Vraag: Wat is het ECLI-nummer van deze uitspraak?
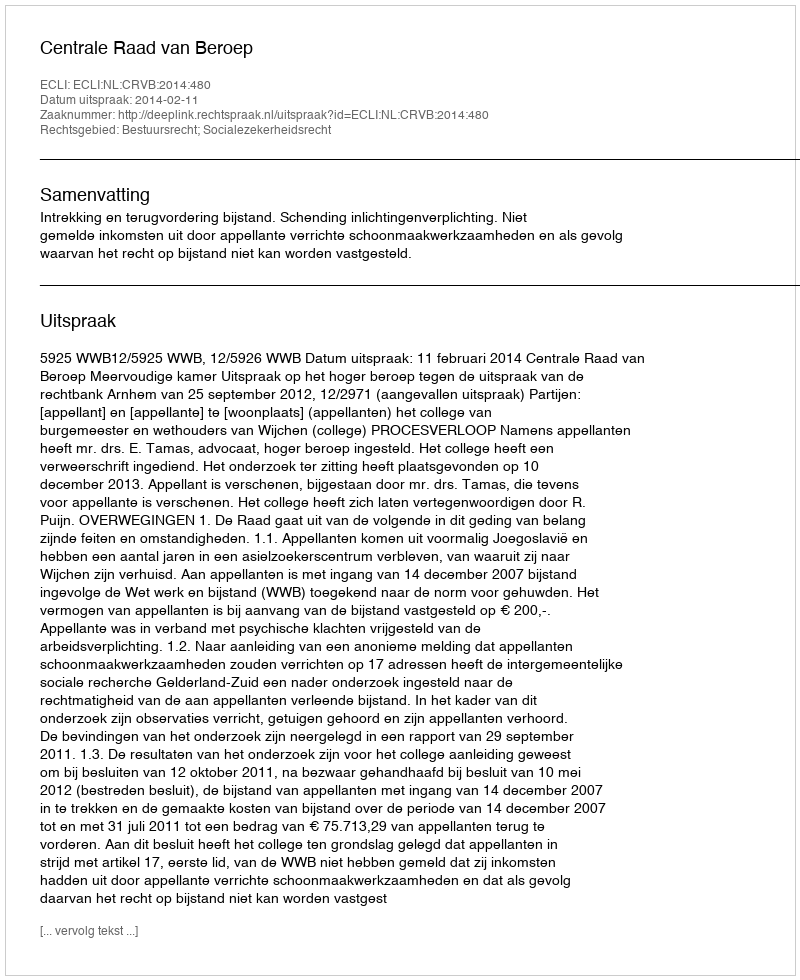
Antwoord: ECLI:NL:CRVB:2014:480